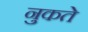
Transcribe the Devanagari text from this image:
नुकते